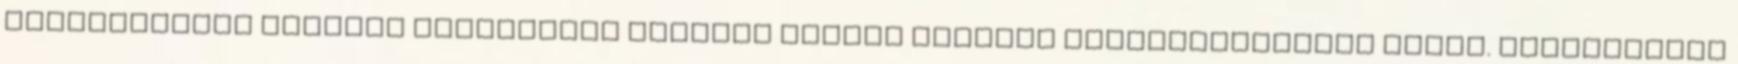
területünkön történt veszettség majdnem minden esetben kutyaharapásból eredt. Véleményünk